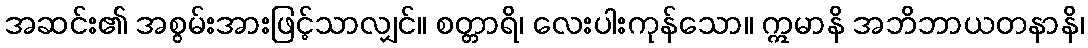
အဆင်း၏ အစွမ်းအားဖြင့်သာလျှင်။ စတ္တာရိ၊ လေးပါးကုန်သော။ ဣမာနိ အဘိဘာယတနာနိ၊